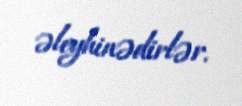
əleyhinədirlər.